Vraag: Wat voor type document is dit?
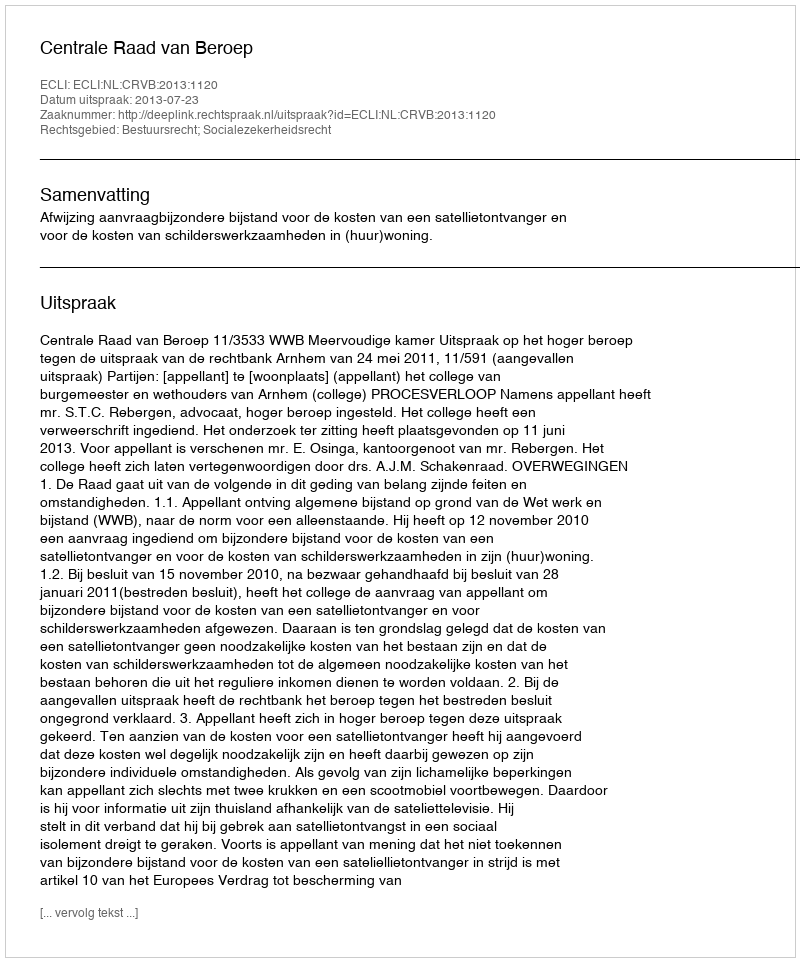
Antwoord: Uitspraak